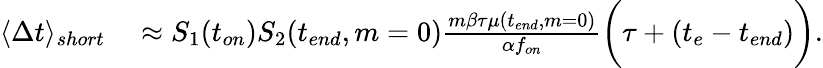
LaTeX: \begin{array}{rl}{\langle\Delta t\rangle_{short}}&{{}\approx S_{1}(t_{on})S_{2}(t_{end},m=0)\frac{m\beta\tau\mu(t_{end},m=0)}{\alpha f_{on}}\bigg(\tau+(t_{e}-t_{end})\bigg).}\end{array}